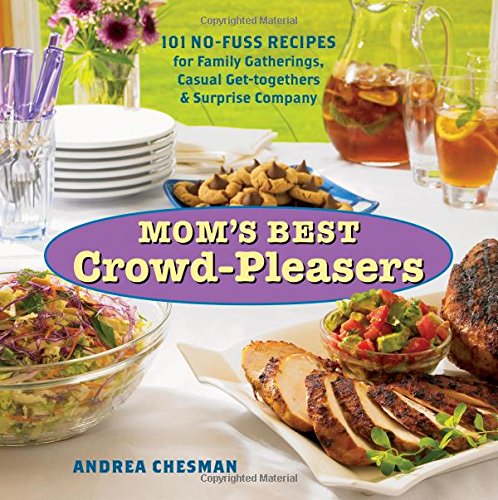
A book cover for Mom's Best Crowd-Pleasers: 101 No-Fuss Recipes for Family Gatherings, Casual Get-togethers & Surprise Company; Andrea Chesman; Cookbooks, Food & Wine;